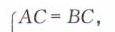
\(AC = BC\)